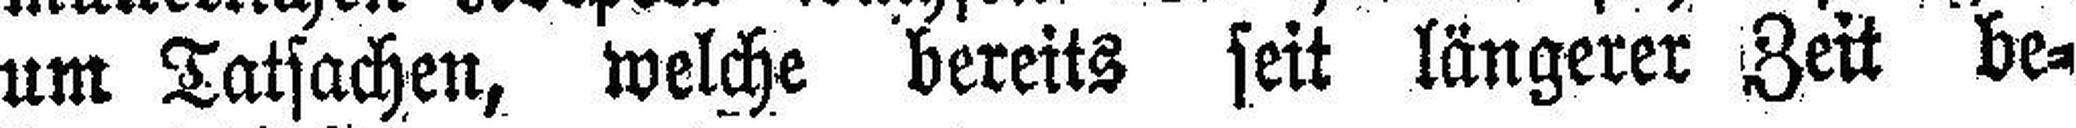
um Tatsachen, welche bereits seit längerer Zeit be¬